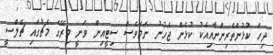
ދިހަ ކުޅުންތެރިންނާއިއެކު ކުޅެން ޖެހުނު ނަމަވެސް ސިޓީއިން ވަނީ މިރޭގެ މެޗުގައި ޗެލްސީ